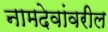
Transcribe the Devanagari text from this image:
नामदेवांवरील